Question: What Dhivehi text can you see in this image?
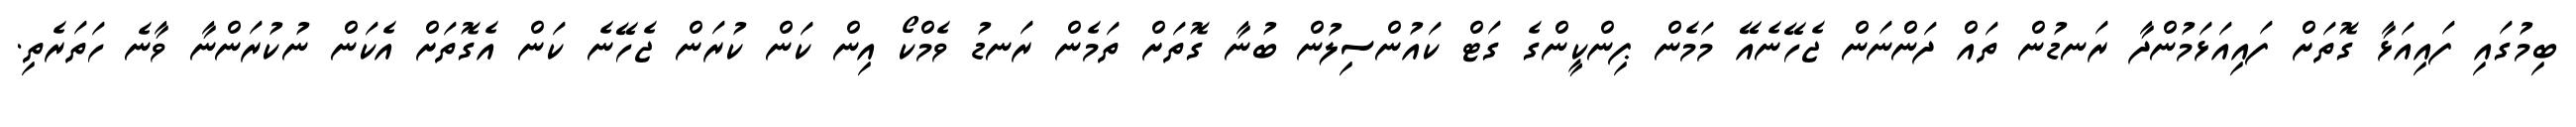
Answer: ބިމުގައި ފައިއަޅާ ގޮތަށް ފައިއަޅަމުންދާ ރަނޑުން ތައް ދަންނަން ޖެހޭނެއޭ މަމެން ޕިންކީންގެ ގަޓް ކައުންސިލުން ބުނާ ގޮތަށް ތަމެން ރަނޑު ވެމްކޯ އިން ކަން ކުރަން ޖެހޭނެ ކަން އެގޮތަށް އެކަން ނުކުރަންނާ ވާނެ ހަތަރެތި.